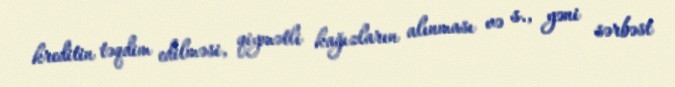
kreditin təqdim edilməsi, qiymətli kağızların alınması və s., yəni sərbəst